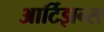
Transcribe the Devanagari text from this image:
आर्टिझन्स